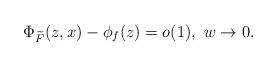
LaTeX: \begin{align*}\Phi_{\widetilde{F}}(z,x) - \phi_f (z) = o(1), ~w\rightarrow 0.\end{align*}